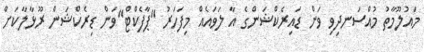
މައުލޫމާތު މުއްސަނދިވި ވަން ޑައިރެކްޝަންގެ އާ ލަވައެއް މިފަހަރު "ޕާފެކްޓް"ވަން ޑިރެކްޝަން ރޫޅާލާކަށް